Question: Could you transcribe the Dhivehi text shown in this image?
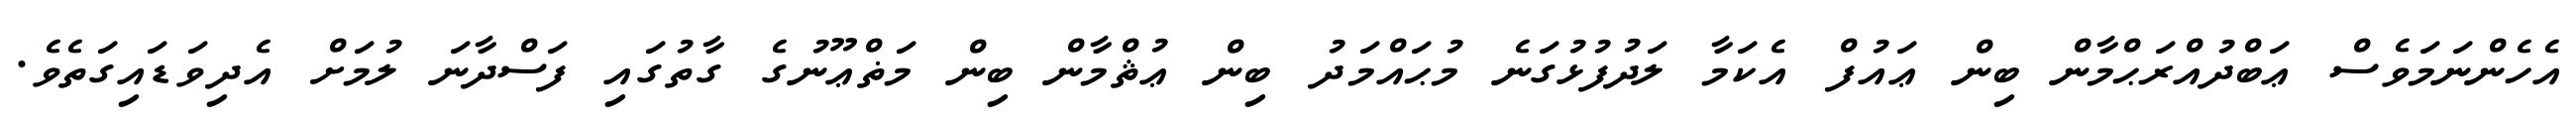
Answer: އެހެންނަމަވެސް ޢަބްދުއްރަޙްމާން ބިން ޢައުފް އެކަމާ ލަދުފުޅުގަނެ މުޙައްމަދު ބިން ޢުޘްމާން ބިން މަޡްޢޫނުގެ ގާތުގައި ފަސްދާނަ ލުމަށް އެދިވަޑައިގަތެވެ.